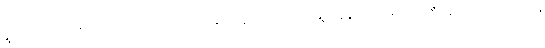
ရွာထဲသို့ ဟင်းစားဝယ် ရောက်လာကြသည့် သူတို့ကိုလည်း ရွာသူရွာသားများက ဆီးပြောကြလေသည်။